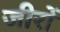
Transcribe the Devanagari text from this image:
जीरों